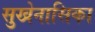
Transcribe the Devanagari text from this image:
सुखेनासिका